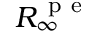
R _ { \infty } ^ { \mathrm { ~ p ~ e ~ } }